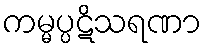
ကမ္မပ္ပဋိသရဏာ